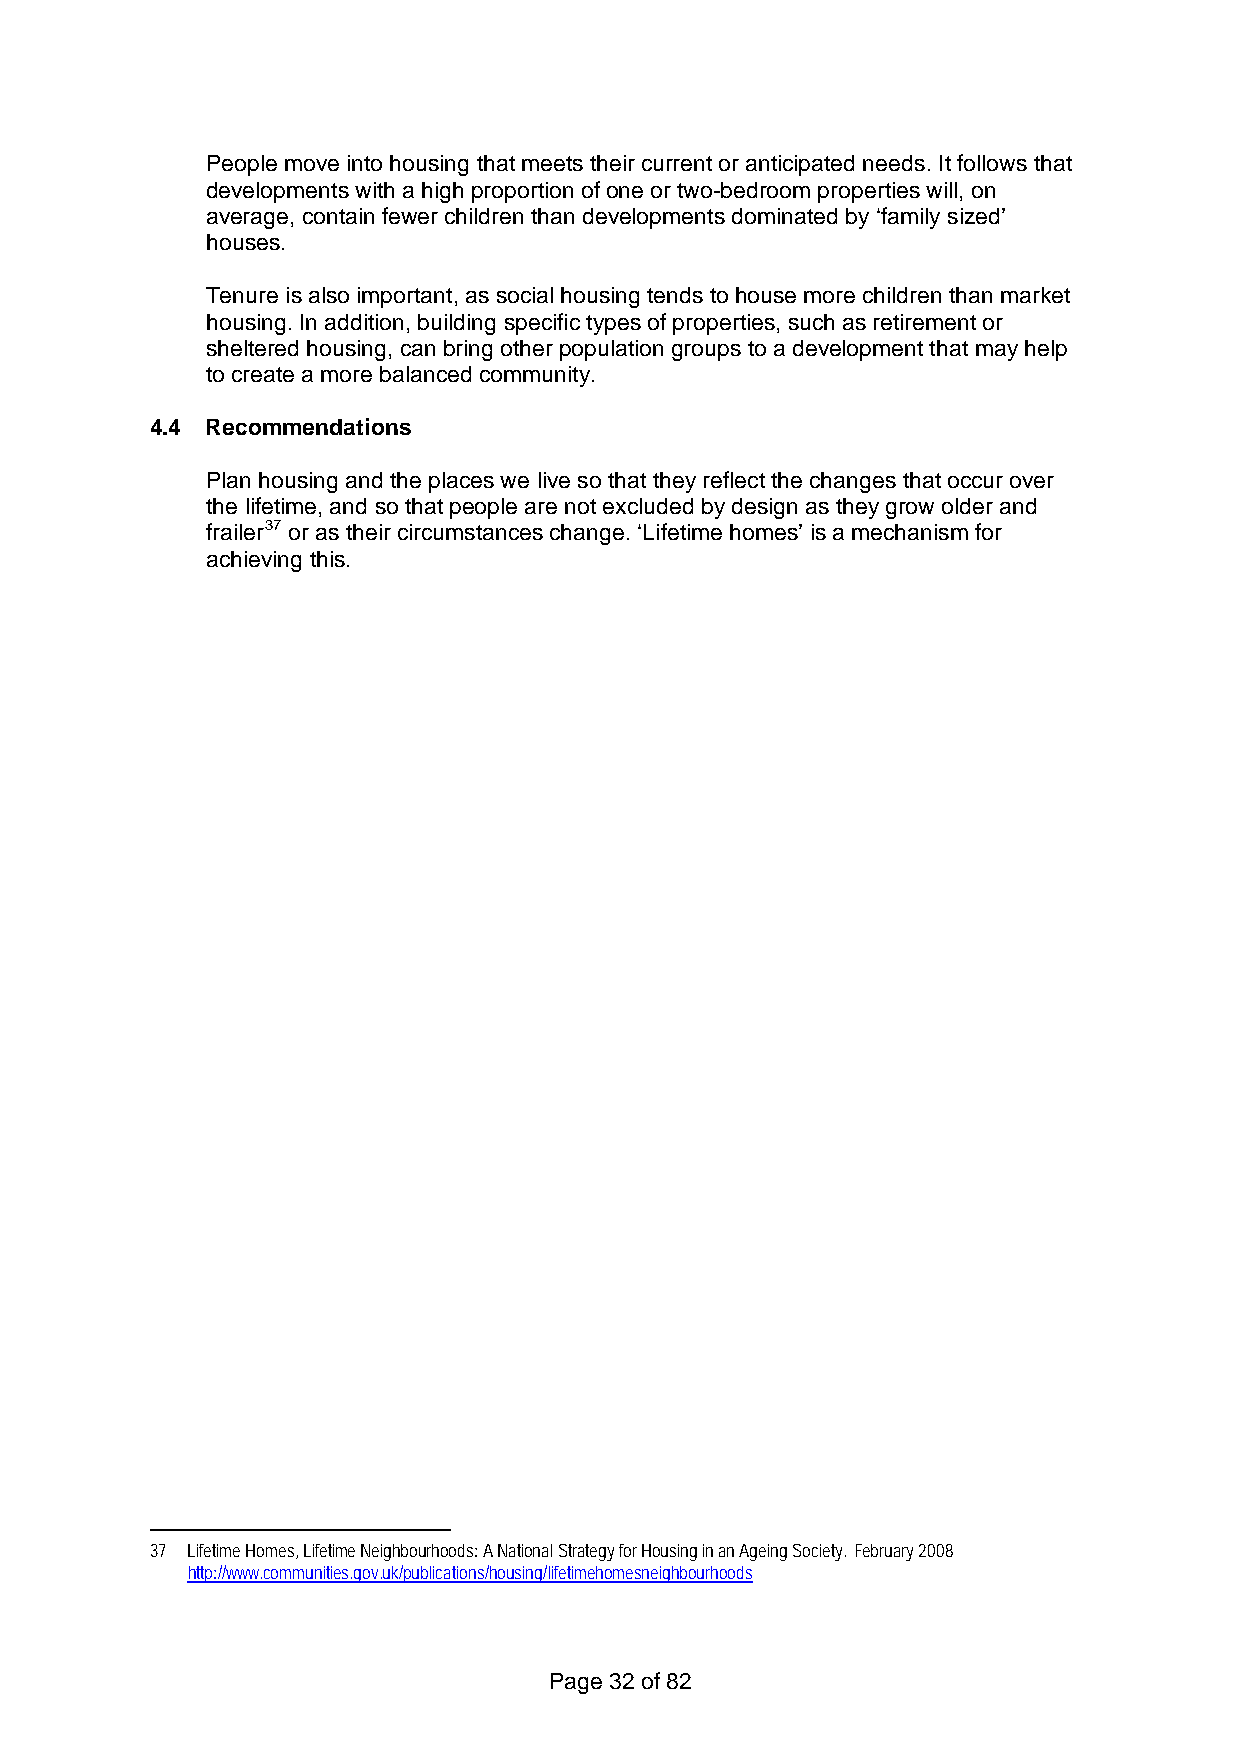
People move into housing that meets their current or anticipated needs. It follows that
 developments with a high proportion of one or two-bedroom properties will, on
 average, contain fewer children than developments dominated by ‘family sized’
 houses.
 Tenure is also important, as social housing tends to house more children than market
 housing. In addition, building specific types of properties, such as retirement or
 sheltered housing, can bring other population groups to a development that may help
 to create a more balanced community.
 4.4 Recommendations
 Plan housing and the places we live so that they reflect the changes that occur over
 the lifetime, and so that people are not excluded by design as they grow older and
 frailer37 or as their circumstances change. ‘Lifetime homes’ is a mechanism for
 achieving this.
 37 Lifetime Homes, Lifetime Neighbourhoods: A National Strategy for Housing in an Ageing Society. February 2008
 http://www.communities.gov.uk/publications/housing/lifetimehomesneighbourhoods
 Page 32 of 82